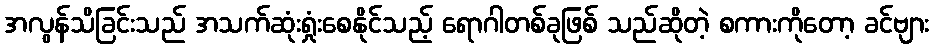
အလွန်သိခြင်းသည် အသက်ဆုံးရှုံးစေနိုင်သည့် ရောဂါတစ်ခုဖြစ် သည်ဆိုတဲ့ စကားကိုတော့ ခင်ဗျား